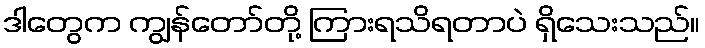
ဒါတွေက ကျွန်တော်တို့ ကြားရသိရတာပဲ ရှိသေးသည်။